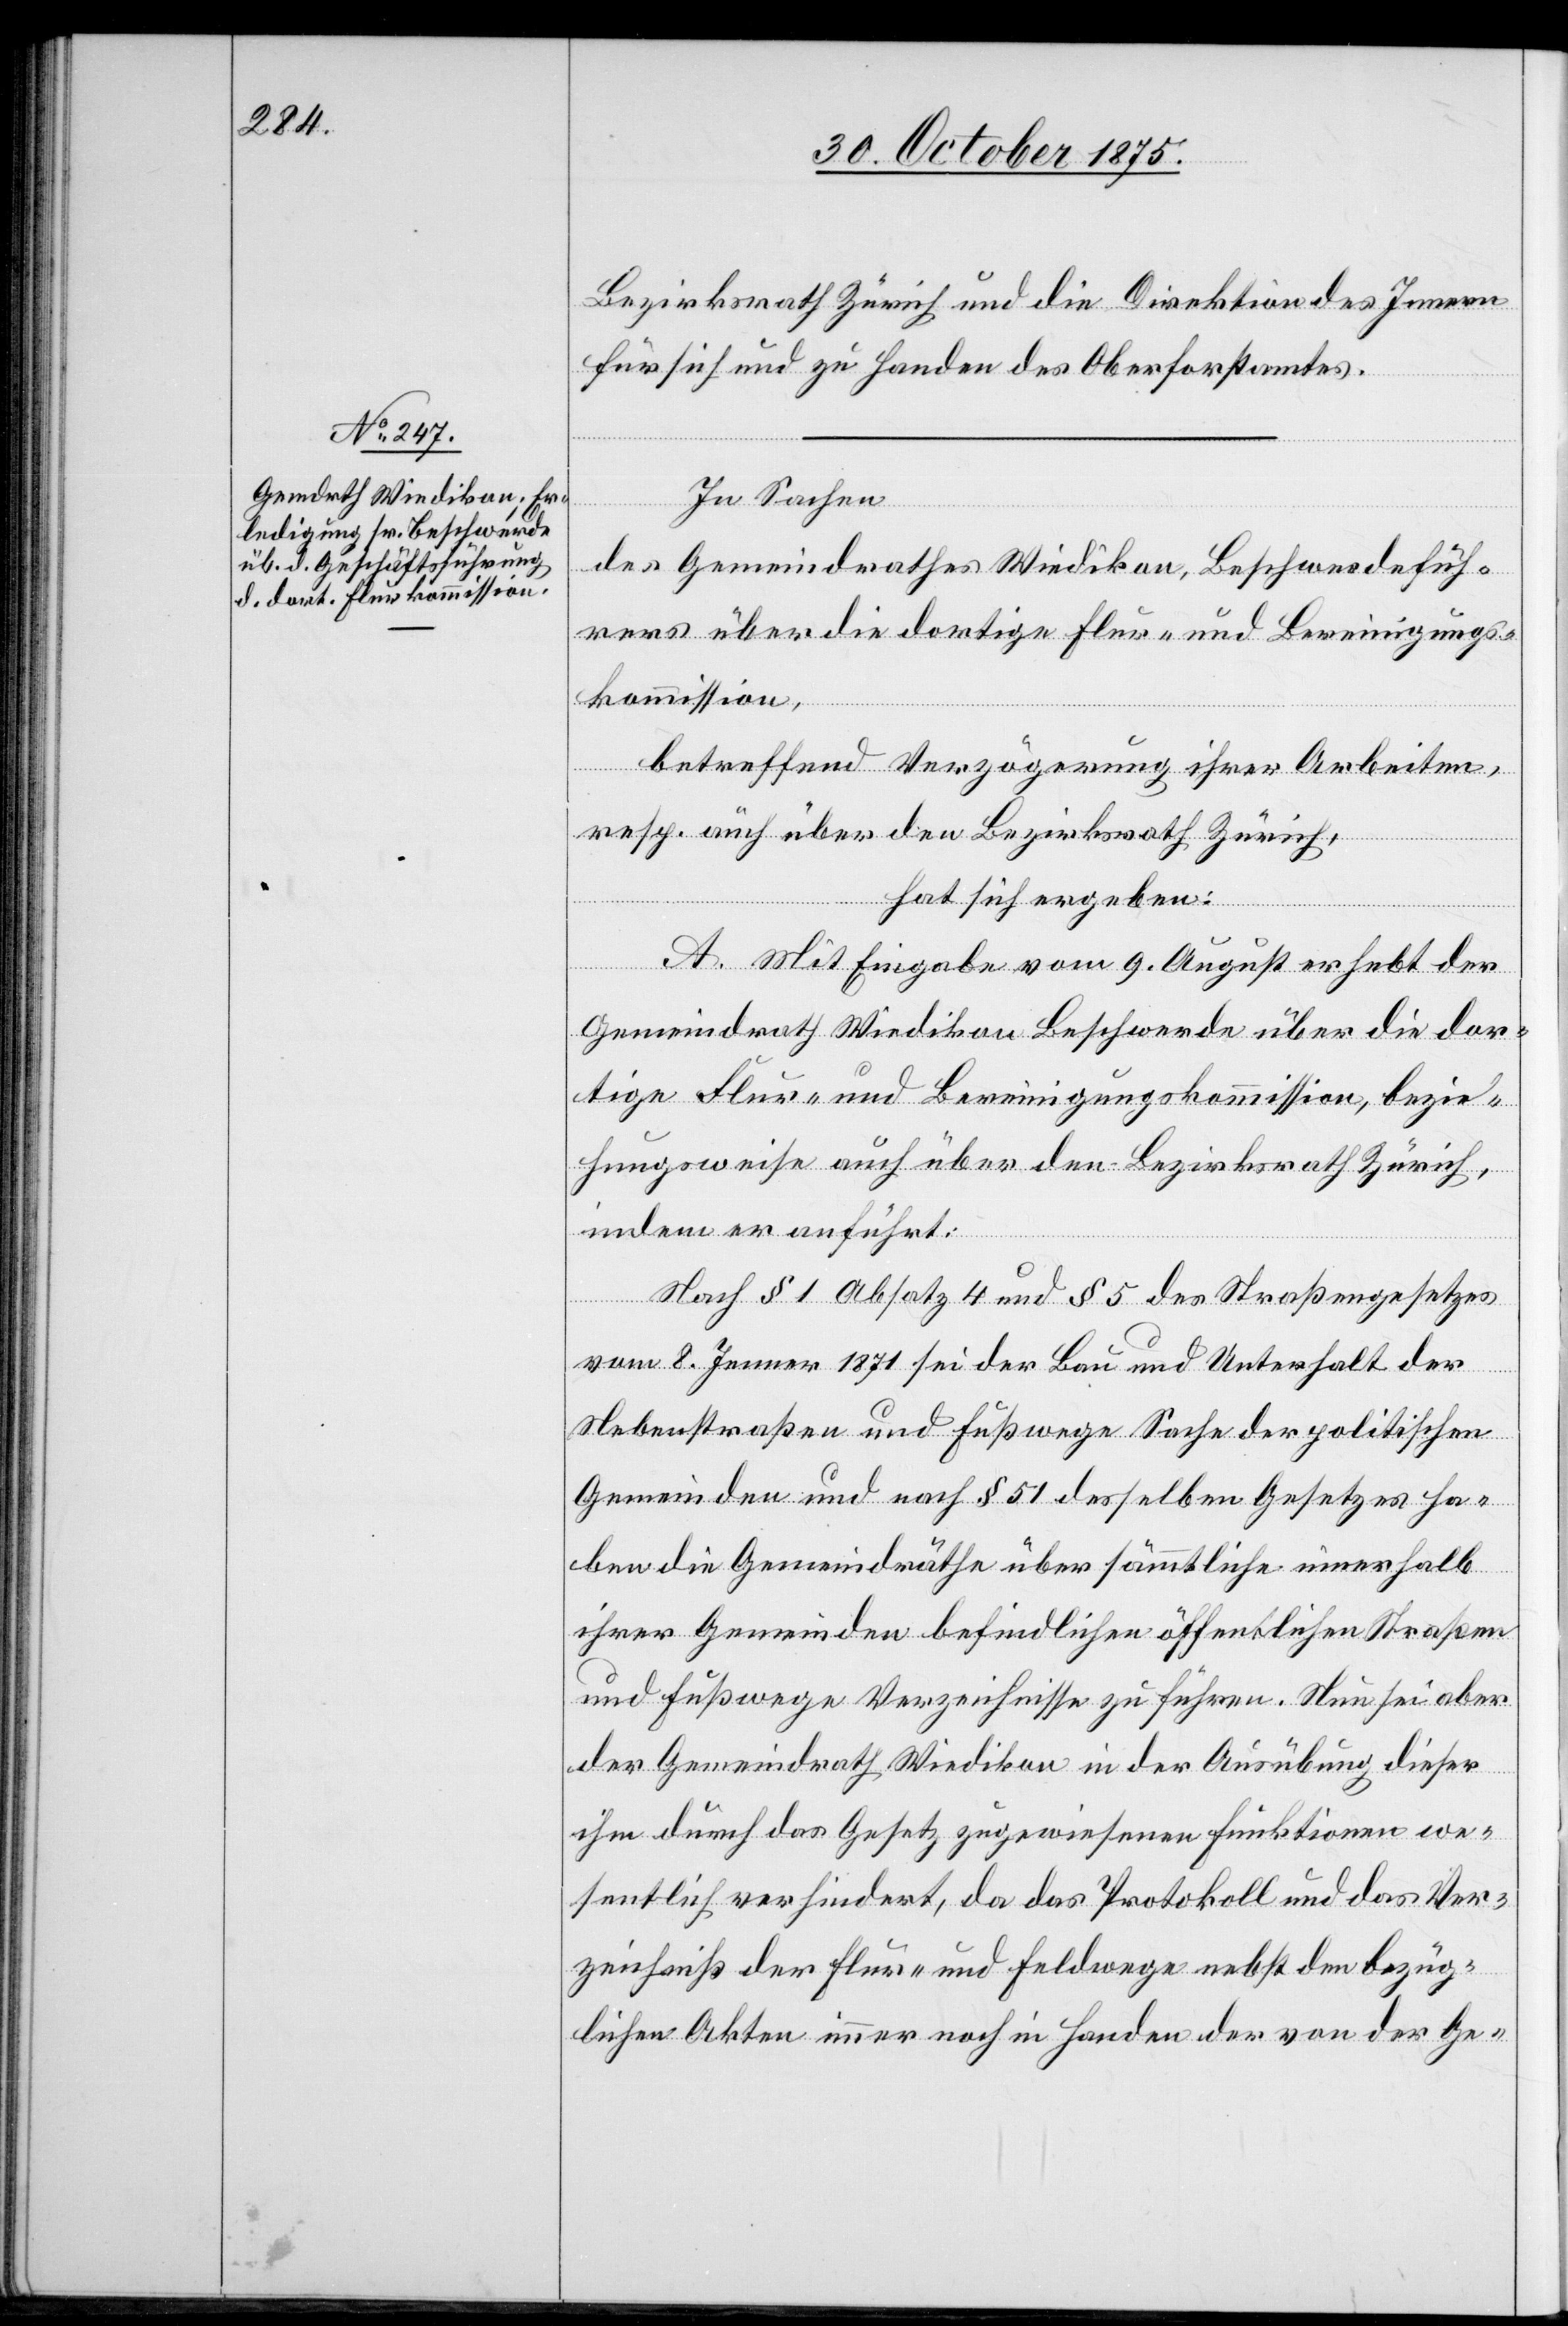
Bezirksrath Zürich und die Direktion des Innern
für sich und zu Handen des Oberforstamtes.
In Sachen
des Gemeindrathes Wiedikon, Beschwerdefüh¬
rers über die dortige Flur- und Bereinigungs¬
kommission,
betreffend Verzögerung ihrer Arbeiten,
resp. auch über den Bezirksrath Zürich,
hat sich ergeben:
A. Mit Eingabe vom 9. August erhebt der
Gemeindrath Wiedikon Beschwerde über die dor¬
tige Flur- und Bereinigungskommission, bezie¬
hungsweise auch über den Bezirksrath Zürich,
indem er anführt:
Nach § 1 Absatz 4 und § 5 des Straßengesetzes
vom 8. Jenner 1871 sei der Bau und Unterhalt der
Nebenstraßen und Fußwege Sache der politischen
Gemeinden und nach § 51 desselben Gesetzes ha¬
ben die Gemeindräthe über sämmtliche innerhalb
ihrer Gemeinden befindlichen öffentlichen Straßen
und Fußwege Verzeichnisse zu führen. Nun sei aber
der Gemeindrath Wiedikon in der Ausübung dieser
ihm durch das Gesetz zugewiesenen Funktionen we¬
sentlich verhindert, da das Protokoll und das Ver¬
zeichniß der Flur- und Feldwege nebst den bezüg¬
lichen Akten immer noch in Handen der von der Ge-